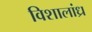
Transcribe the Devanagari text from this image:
विशालांध्र